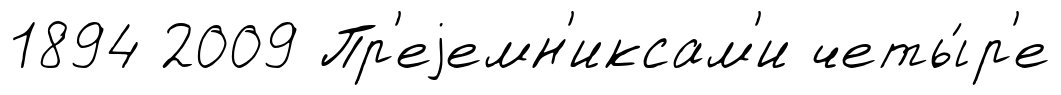
1894 2009 Пр'еjемн'иксам'и четы́р'е